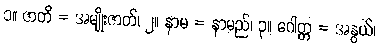
၁။ ဇာတိ = အမျိုးဇာတ်၊ ၂။ နာမ = နာမည်၊ ၃။ ဂေါတ္တ = အနွယ်၊